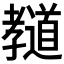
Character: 𰌲